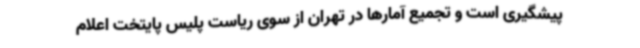
پیشگیری است و تجمیع آمارها در تهران از سوی ریاست پلیس پایتخت اعلام